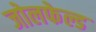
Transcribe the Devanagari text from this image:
जोलफेल्ड